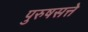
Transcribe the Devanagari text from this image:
पुरुषसत्ते